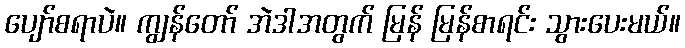
ပျော်စရာပဲ။ ကျွန်တော် အဲဒါအတွက် မြန် မြန်စာရင်း သွားပေးမယ်။